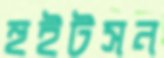
হুইটসন